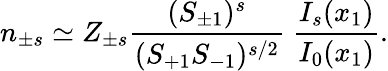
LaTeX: n_{\pm s}\simeq Z_{\pm s}{\frac{(S_{\pm 1})^{s}}{{(S_{+1}}S_{-1})^{s/2}}}~{\frac{I_{s}(x_{1})}{I_{0}(x_{1})}}.